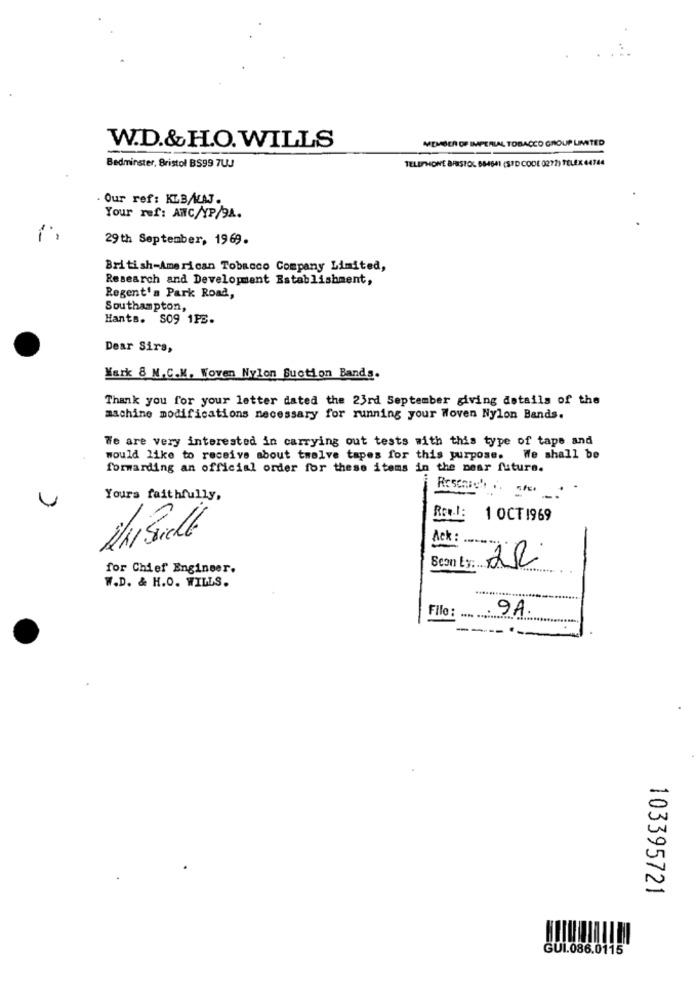
MEMBER OF IMPERIAL TOBACCO GROUP LIMITED
W.D.&H.O.WILLS
Bedminster, Bristol BS99 7UJ
TELEPHONE BRISTOL 884641 (SPD CODE 0272) TELEX 44744
Our ref: KLB/MAJ.
Your ref: ANC/YP/94.
29th September, 1969.
British-American Tobacco Company Limited,
Research and Development Establishment,
Regent's Park Road,
Southampton,
Hants. S09 1PB.
Dear Sirs,
Wark & N.C.M. Woven Nylon Suction Bands.
Thank you for your letter dated the 23rd September giving details of the
machine modifications necessary for running your Woven Nylon Bands.
We are very interested in carrying out tests with this type of tape and
would like to receive about twelve tapes for this purpose. We shall be
forwarding an official order for these items in the near future.
Yours faithfully,
Rescare if she
Rov.l: 1 OCT1969
Ack:
2R
for Chief Engineer.
Scon Ey: ...
W.D. & H.O. WILLS.
. 9A
File: ..............
103395721
GUI.086.0115